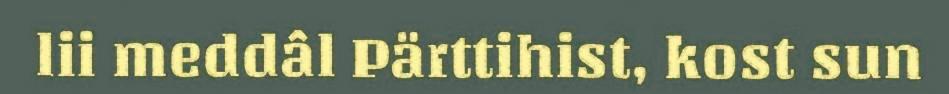
lii meddâl Pärttihist, kost sun